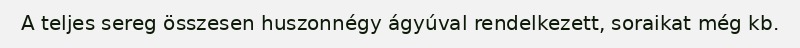
A teljes sereg összesen huszonnégy ágyúval rendelkezett, soraikat még kb.